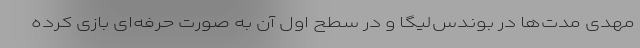
مهدی مدت‌ها در بوندس‌لیگا و در سطح اول آن به‌ صورت حرفه‌ای بازی کرده